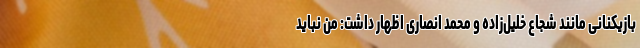
بازیکنانی مانند شجاع خلیل‌زاده و محمد انصاری اظهار داشت: من نباید